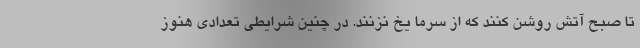
تا صبح آتش روشن كنند كه از سرما يخ نزنند. در چنين شرايطي تعدادي هنوز